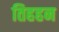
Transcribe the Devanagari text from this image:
तिहहन